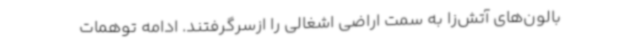
بالون‌های آتش‌زا به سمت اراضی اشغالی را ازسرگرفتند. ادامه توهمات